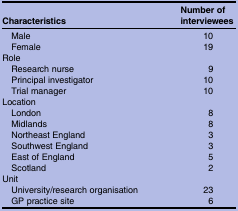
<table><thead><tr><td><b>Characteristics</b></td><td><b>Number of interviewees</b></td></tr></thead><tbody><tr><td> Male</td><td>10</td></tr><tr><td> Female</td><td>19</td></tr><tr><td colspan="2">Role</td></tr><tr><td> Research nurse</td><td>9</td></tr><tr><td> Principal investigator</td><td>10</td></tr><tr><td> Trial manager</td><td>10</td></tr><tr><td>Location</td><td></td></tr><tr><td> London</td><td>8</td></tr><tr><td> Midlands</td><td>8</td></tr><tr><td> Northeast England</td><td>3</td></tr><tr><td> Southwest England</td><td>3</td></tr><tr><td> East of England</td><td>5</td></tr><tr><td> Scotland</td><td>2</td></tr><tr><td colspan="2">Unit</td></tr><tr><td> University/research organisation</td><td>23</td></tr><tr><td> GP practice site</td><td>6</td></tr></tbody></table>